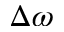
\Delta \omega